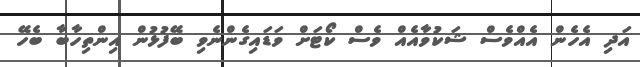
އަދި އެހެން އެއްވެސް ޝަކުވާއެއް ވެސް ކޯޓަށް ވަޑައިގެންނެވި ބޭފުޅުން އިންތިހާބާ ބެހޭ